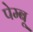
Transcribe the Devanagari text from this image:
पेम्बू